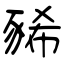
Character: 豨